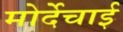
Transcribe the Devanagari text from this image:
मोर्देचाई